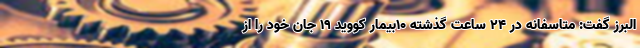
البرز گفت: متاسفانه در ۲۴ ساعت گذشته ۱۰بیمار کووید ۱۹ جان خود را از